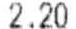
2.20